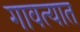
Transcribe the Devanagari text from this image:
गावत्यात